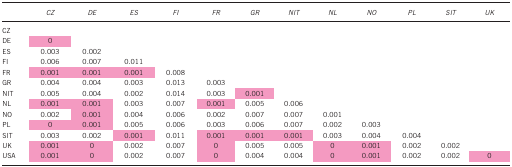
<table><thead><tr><td><b> </b></td><td><b><i>CZ</i></b></td><td><b><i>DE</i></b></td><td><b><i>ES</i></b></td><td><b><i>FI</i></b></td><td><b><i>FR</i></b></td><td><b><i>GR</i></b></td><td><b><i>NIT</i></b></td><td><b><i>NL</i></b></td><td><b><i>NO</i></b></td><td><b><i>PL</i></b></td><td><b><i>SIT</i></b></td><td><b><i>UK</i></b></td></tr></thead><tbody><tr><td>CZ</td><td> </td><td> </td><td> </td><td> </td><td> </td><td> </td><td> </td><td> </td><td> </td><td> </td><td> </td><td> </td></tr><tr><td>DE</td><td>0</td><td> </td><td> </td><td> </td><td> </td><td> </td><td> </td><td> </td><td> </td><td> </td><td> </td><td> </td></tr><tr><td>ES</td><td>0.003</td><td>0.002</td><td> </td><td> </td><td> </td><td> </td><td> </td><td> </td><td> </td><td> </td><td> </td><td> </td></tr><tr><td>FI</td><td>0.006</td><td>0.007</td><td>0.011</td><td> </td><td> </td><td> </td><td> </td><td> </td><td> </td><td> </td><td> </td><td> </td></tr><tr><td>FR</td><td>0.001</td><td>0.001</td><td>0.001</td><td>0.008</td><td> </td><td> </td><td> </td><td> </td><td> </td><td> </td><td> </td><td> </td></tr><tr><td>GR</td><td>0.004</td><td>0.004</td><td>0.003</td><td>0.013</td><td>0.003</td><td> </td><td> </td><td> </td><td> </td><td> </td><td> </td><td> </td></tr><tr><td>NIT</td><td>0.005</td><td>0.004</td><td>0.002</td><td>0.014</td><td>0.003</td><td>0.001</td><td> </td><td> </td><td> </td><td> </td><td> </td><td> </td></tr><tr><td>NL</td><td>0.001</td><td>0.001</td><td>0.003</td><td>0.007</td><td>0.001</td><td>0.005</td><td>0.006</td><td> </td><td> </td><td> </td><td> </td><td> </td></tr><tr><td>NO</td><td>0.002</td><td>0.001</td><td>0.004</td><td>0.006</td><td>0.002</td><td>0.007</td><td>0.007</td><td>0.001</td><td> </td><td> </td><td> </td><td> </td></tr><tr><td>PL</td><td>0</td><td>0.001</td><td>0.005</td><td>0.006</td><td>0.003</td><td>0.006</td><td>0.007</td><td>0.002</td><td>0.003</td><td> </td><td> </td><td> </td></tr><tr><td>SIT</td><td>0.003</td><td>0.002</td><td>0.001</td><td>0.011</td><td>0.001</td><td>0.001</td><td>0.001</td><td>0.003</td><td>0.004</td><td>0.004</td><td> </td><td> </td></tr><tr><td>UK</td><td>0.001</td><td>0</td><td>0.002</td><td>0.007</td><td>0</td><td>0.005</td><td>0.005</td><td>0</td><td>0.001</td><td>0.002</td><td>0.002</td><td> </td></tr><tr><td>USA</td><td>0.001</td><td>0</td><td>0.002</td><td>0.007</td><td>0</td><td>0.004</td><td>0.004</td><td>0</td><td>0.001</td><td>0.002</td><td>0.002</td><td>0</td></tr></tbody></table>